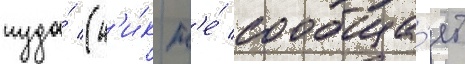
туда́ (н'и́к н'е́ сообща́ет